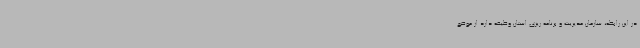
در این رابطه، سازمان مدیریت و برنامه ریزی استان وظیفه دارد از موضع